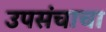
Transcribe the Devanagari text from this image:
उपसंचाचा